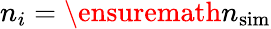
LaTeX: n_{i}={\ensuremath{n_{\mathrm{sim}}}}